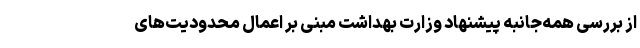
از بررسی همه‌جانبه پیشنهاد وزارت بهداشت مبنی بر اعمال محدودیت‌های